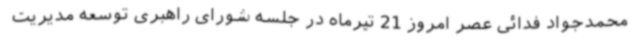
محمدجواد فدائی عصر امروز 21 تیرماه در جلسه شورای راهبری توسعه مدیریت